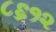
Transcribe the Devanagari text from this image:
८६१२